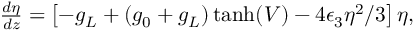
\begin{array} { r } { \frac { d \eta } { d z } = \left[ - g _ { L } + \left( g _ { 0 } + g _ { L } \right) \operatorname { t a n h } ( V ) - 4 \epsilon _ { 3 } \eta ^ { 2 } / 3 \right] \eta , } \end{array}